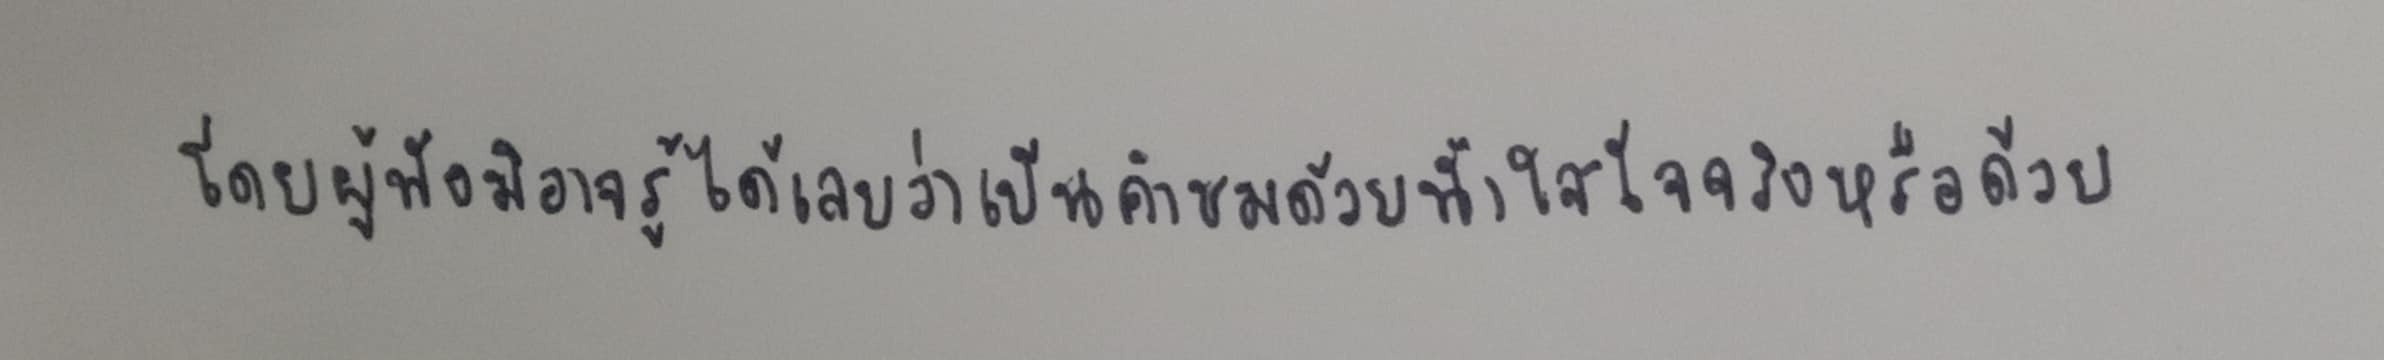
โดยผู้ฟังมิอาจรู้ได้เลยว่าเป็นคำชมด้วยน้ำใสใจจริงหรือด้วย